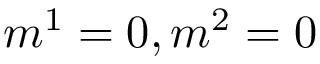
m ^ { 1 } = 0 , m ^ { 2 } = 0